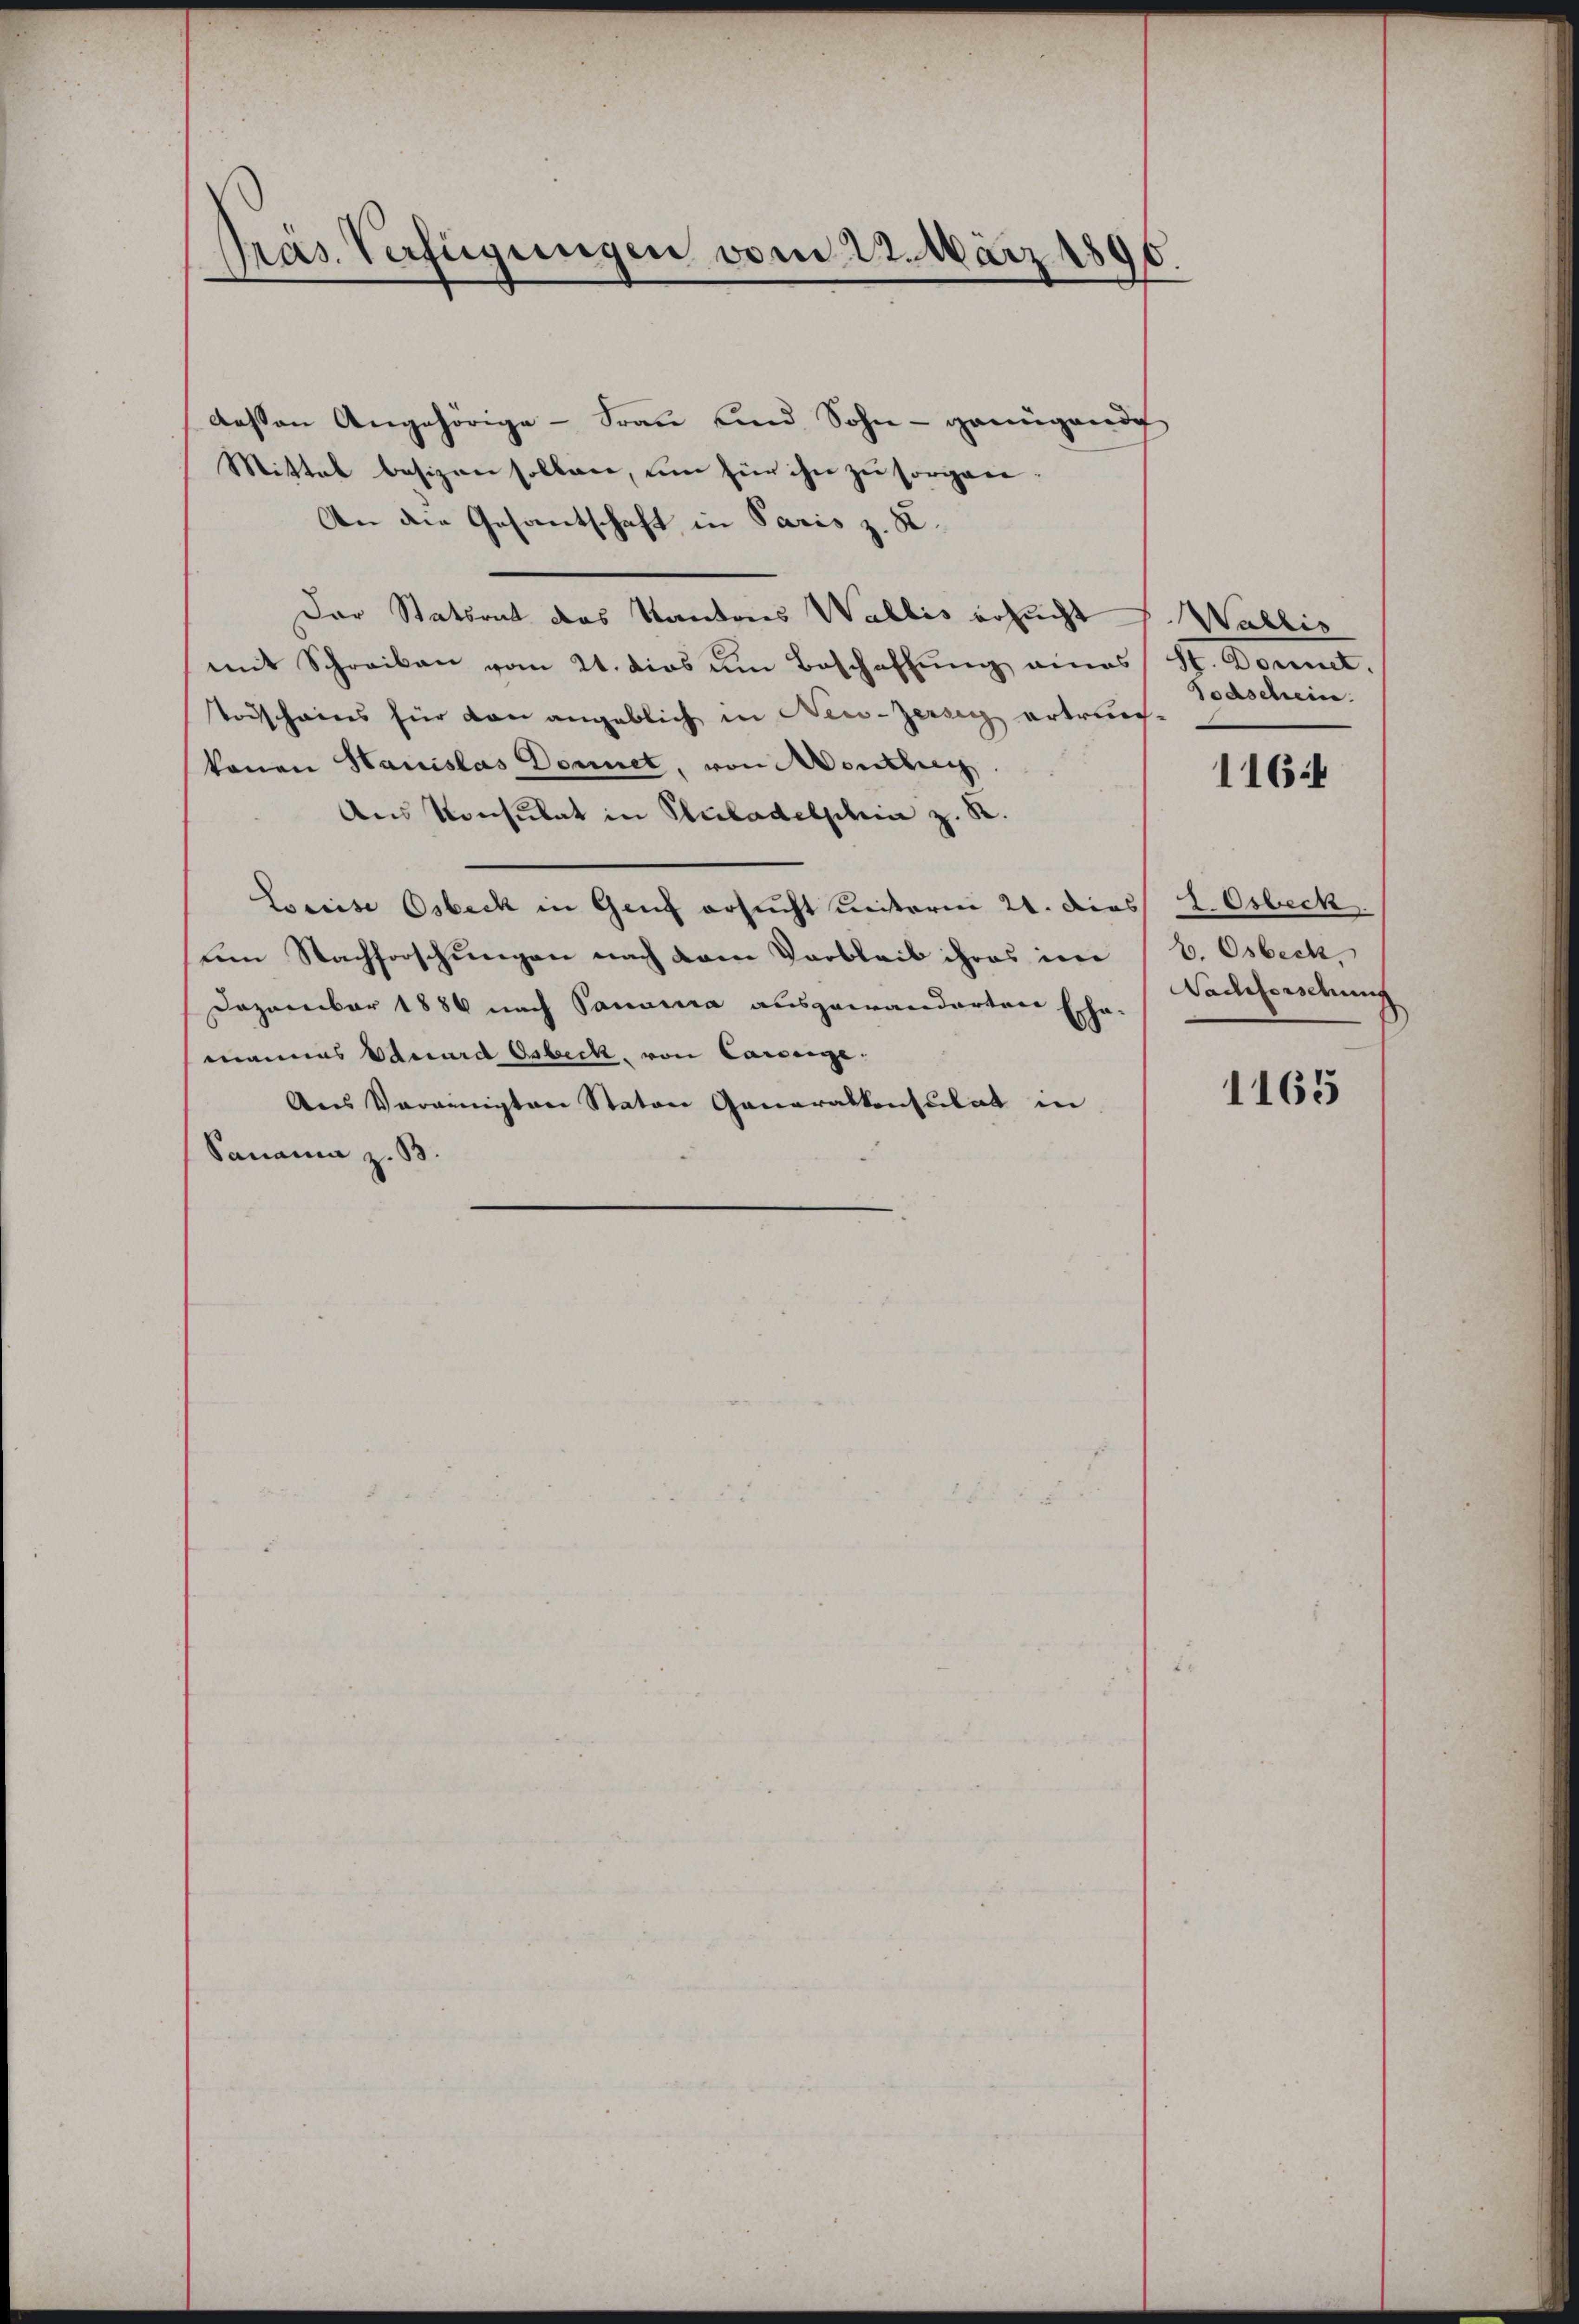
Präs. Verfügungen vom 22. März 1896

dessen Angehörige - Frau und Sohn - genügende
Mittel besizen sollen, um für ihn zu sorgen.
An die Gesantschaft in Paris z. B.
Der Statsrat das Kantons Wallis ersucht Wallis
mit Schreiben vom 21. dies um Beschaffung eines (St. Donnet,
Todscheins für von angeblich in New-Zeisig ertrauch
konen Hauslas Donnet, von Montherig
Aus Konsulat in Pubadelschein z. B.
Leeise Osbeck in Genf ersucht weiterm 21. dies L. Obeck.
um Nachforschungen nach vom Verbleib ihres im V. Osbeck,
Dezember 1886 nach Sanaira ausgewanderten Echa
mannes Eduard Osbeck, von Canzeige:
Ans Vereinigten Staton Generalkonsulat in
Panama z. B.

Todschein.

11644

Nachforschung

1165